Indian journal of veterinary science and animal husbandry - Volume 13,
Year: 1943
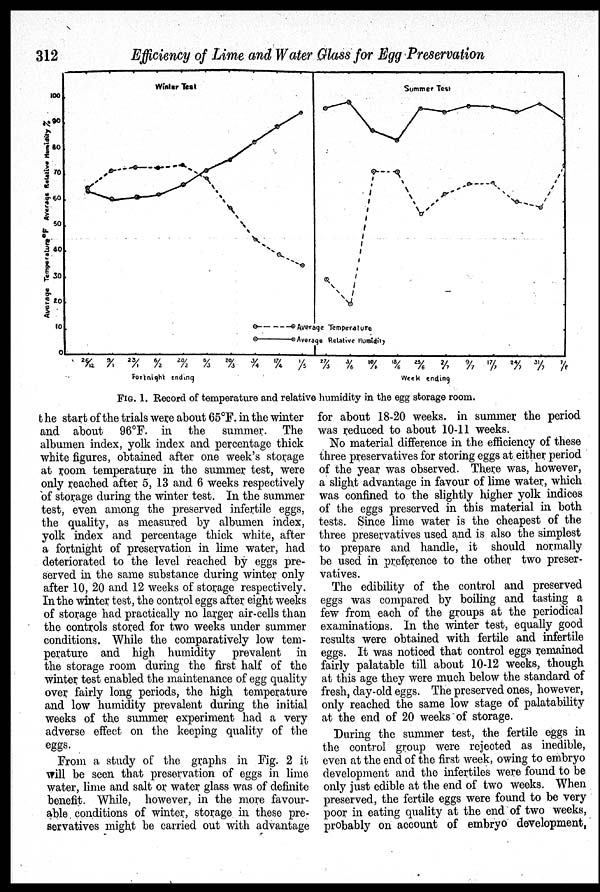
312
Efficiency of Lime and Water Glass for Egg Preservation
FIG. 1. Record of temperature and relative humidity in the egg storage room.
the start of the trials were about 65°F. in the winter
and about 96ºF. in the summer. The
albumen index, yolk index and percentage thick
white figures, obtained after one week's storage
at room temperature in the summer test, were
only reached after 5, 13 and 6 weeks respectively
of storage during the winter test. In the summer
test, even among the preserved infertile eggs,
the quality, as measured by albumen index,
yolk index and percentage thick white, after
a fortnight of preservation in lime water, had
deteriorated to the level reached by eggs pre-
served in the same substance during winter only
after 10, 20 and 12 weeks of storage respectively.
In the winter test, the control eggs after eight weeks
of storage had practically no larger air-cells than
the controls stored for two weeks under summer
conditions. While the comparatively low tem-
perature and high humidity prevalent in
the storage room during the first half of the
winter test enabled the maintenance of egg quality
over fairly long periods, the high temperature
and low humidity prevalent during the initial
weeks of the summer experiment had a very
adverse effect on the keeping quality of the
eggs.
From a study of the graphs in Fig. 2 it
will be seen that preservation of eggs in lime
water, lime and salt or water glass was of definite
benefit. While, however, in the more favour-
able conditions of winter, storage in these pre-
servatives might be carried out with advantage
for about 18-20 weeks. in summer the period
was reduced to about 10-11 weeks.
No material difference in the efficiency of these
three preservatives for storing eggs at either period
of the year was observed. There was, however,
a slight advantage in favour of lime water, which
was confined to the slightly higher yolk indices
of the eggs preserved in this material in both
tests. Since lime water is the cheapest of the
three preservatives used and is also the simplest
to prepare and handle, it should normally
be used in preference to the other two preser-
vatives.
The edibility of the control and preserved
eggs was compared by boiling and tasting a
few from each of the groups at the periodical
examinations. In the winter test, equally good
results were obtained with fertile and infertile
eggs. It was noticed that control eggs remained
fairly palatable till about 10-12 weeks, though
at this age they were much below the standard of
fresh, day-old eggs. The preserved ones, however,
only reached the same low stage of palatability
at the end of 20 weeks of storage.
During the summer test, the fertile eggs in
the control group were rejected as inedible,
even at the end of the first week, owing to embryo
development and the infertiles were found to be
only just edible at the end of two weeks. When
preserved, the fertile eggs were found to be very
poor in eating quality at the end of two weeks,
probably on account of embryo development,